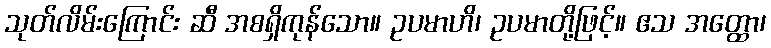
သုတ်လိမ်းကြောင်း ဆီ အစရှိကုန်သော။ ဥပမာဟိ၊ ဥပမာတို့ဖြင့်။ ဧသ အတ္ထော၊